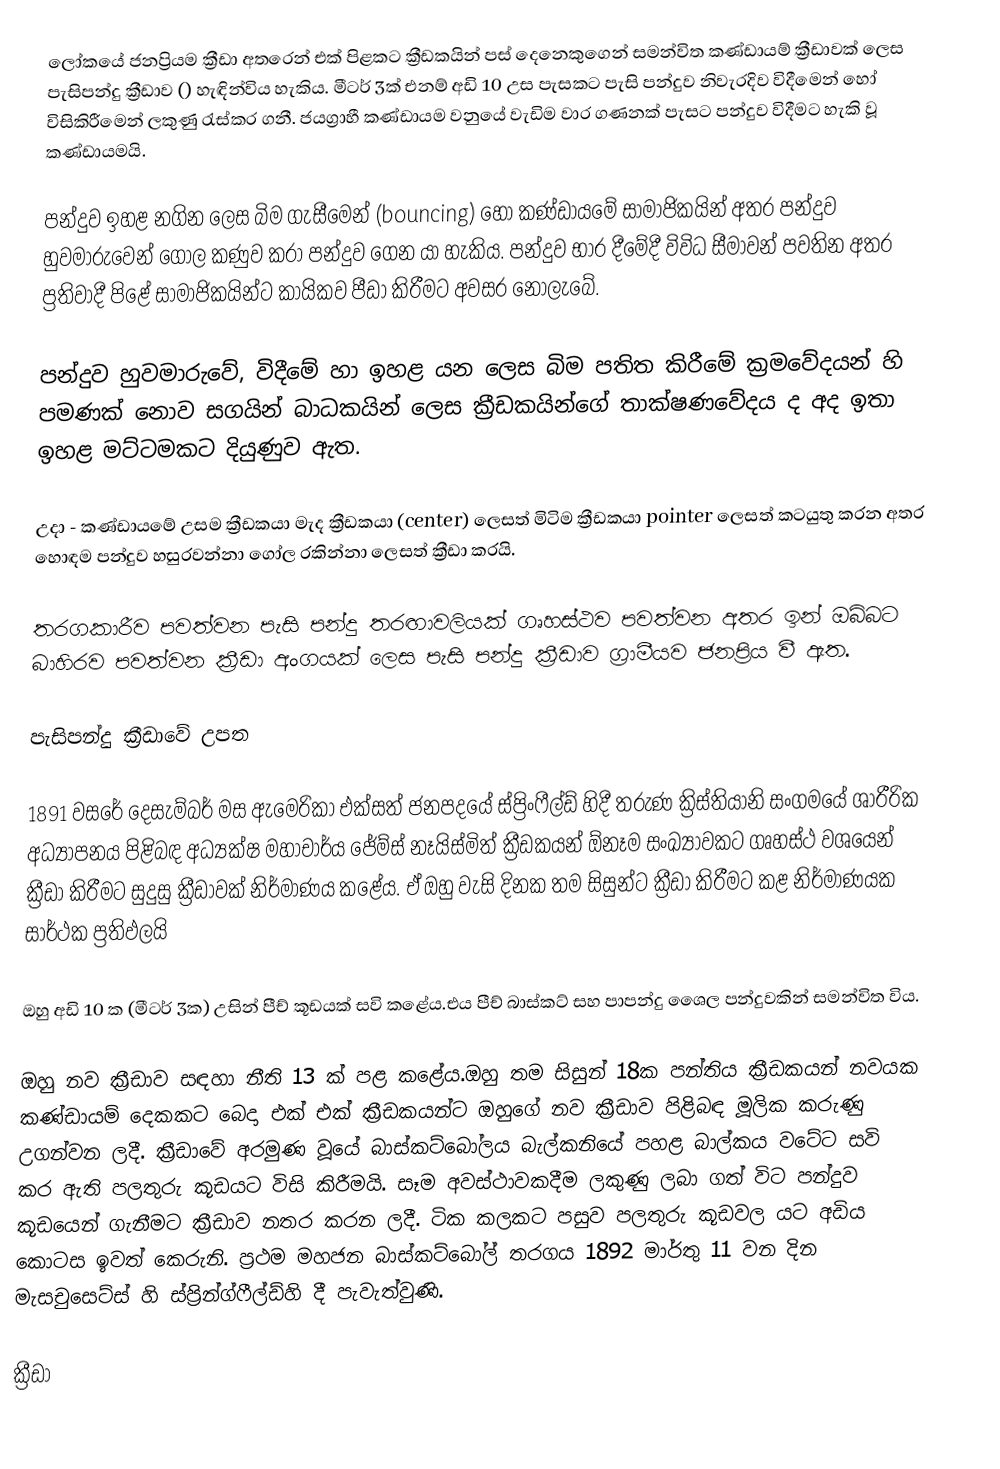
ලෝකයේ ජනප්‍රියම ක්‍රීඩා අතරෙන් එක් පිළකට ක්‍රීඩකයින් පස් දෙනෙකුගෙන් සමන්විත කණ්ඩායම් ක්‍රීඩාවක් ලෙස පැසිපන්දු ක්‍රීඩාව () හැඳින්විය හැකිය. මීටර් 3ක් එනම් අඩි 10 උස පැසකට පැසි පන්දුව නිවැරදිව විදීමෙන් හෝ විසිකිරීමෙන් ලකුණු රැස්කර ගනී. ජයග්‍රාහී කණ්ඩායම වනුයේ වැඩිම වාර ගණනක් පැසට පන්දුව විදීමට හැකි වූ කණ්ඩායමයි.

පන්දුව ඉහළ නගින ලෙස බිම ගැසීමෙන් (bouncing) හෝ කණ්ඩායමේ සාමාජිකයින් අතර පන්දුව හුවමාරුවෙන් ගෝල කණුව කරා පන්දුව ගෙන යා හැකිය. පන්දුව භාර දීමේදී විවිධ සීමාවන් පවතින අතර ප්‍රතිවාදී පිළේ සාමාජිකයින්ට කායිකව පීඩා කිරීමට අවසර නොලැබේ.

පන්දුව හුවමාරුවේ, විදීමේ හා ඉහළ යන ලෙස බිම පතිත කිරීමේ ක්‍රමවේදයන් හි පමණක් නොව සගයින් බාධකයින් ලෙස ක්‍රීඩකයින්ගේ තාක්ෂණවේදය ද අද ඉතා ඉහළ මට්ටමකට දියුණුව ඇත.

උදා - කණ්ඩායමේ උසම ක්‍රීඩකයා මැද ක්‍රීඩකයා (center) ලෙසත් මිටිම ක්‍රීඩකයා pointer ලෙසත් කටයුතු කරන අතර හොඳම පන්දුව හසුරවන්නා ගෝල රකින්නා ලෙසත් ක්‍රීඩා කරයි.

තරගකාරීව පවත්වන පැසි පන්දු තරඟාවලියක් ගෘහස්ථව පවත්වන අතර ඉන් ඔබ්බට බාහිරව පවත්වන ක්‍රීඩා අංගයක් ලෙස පැසි පන්දු ක්‍රීඩාව ග්‍රාමීයව ජනප්‍රිය වී ඇත.

පැසිපන්දු ක්‍රීඩාවේ උපත

1891 වසරේ දෙසැම්බර් මස ඇමෙරිකා එක්සත් ජනපදයේ ස්ප්‍රිංෆීල්ඩ් හිදී තරුණ ක්‍රිස්තියානි සංගමයේ ශාරීරික අධ්‍යාපනය පිළිබඳ අධ්‍යක්ෂ මහාචාර්ය ජේම්ස් නෑයිස්මිත් ක්‍රීඩකයන් ඕනෑම සංඛ්‍යාවකට ගෘහස්ථ වශයෙන් ක්‍රීඩා කිරීමට සුදුසු ක්‍රීඩාවක් නිර්මාණය කළේය. ඒ ඔහු වැසි දිනක තම සිසුන්ට  ක්‍රීඩා කිරීමට කළ නිර්මාණයක සාර්ථක ප්‍රතිඵලයි

ඔහු අඩි 10 ක (මීටර් 3ක) උසින් පීච් කූඩයක් සවි කළේය.එය පීච් බාස්කට් සහ පාපන්දු ශෛල පන්දුවකින් සමන්විත විය.

ඔහු නව ක්‍රීඩාව සඳහා නීති 13 ක් පළ කළේය.ඔහු තම සිසුන් 18ක පන්තිය ක්‍රීඩකයන් නවයක කණ්ඩායම් දෙකකට බෙදා එක් එක් ක්‍රීඩකයන්ට ඔහුගේ නව ක්‍රීඩාව පිළිබඳ මූලික කරුණු උගන්වන ලදී. ක්‍රීඩාවේ අරමුණ වූයේ බාස්කට්බෝලය බැල්කනියේ පහළ බාල්කය වටේට සවි කර ඇති පලතුරු කූඩයට විසි කිරීමයි. සෑම අවස්ථාවකදීම ලකුණු ලබා ගත් විට පන්දුව කූඩයෙන් ගැනීමට ක්‍රීඩාව නතර කරන ලදී. ටික කලකට පසුව පලතුරු කූඩවල යට අඩිය කොටස ඉවත් කෙරුනි. ප්‍රථම මහජන බාස්කට්බෝල් තරගය 1892 මාර්තු 11 වන දින මැසචුසෙට්ස් හි ස්ප්‍රින්ග්ෆීල්ඩ්හි දී පැවැත්වුණි.

ක්‍රීඩා